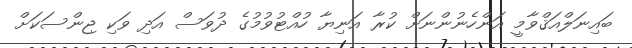
ބައިނަލްއަޤްވާމީ އަންހެނުންނަށް ކުރާ އަނިޔާ ހުއްޓުވުމުގެ ދުވަސް އަދި ވަކި ޖިންސަކަށް